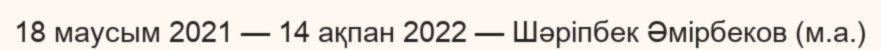
18 маусым 2021 — 14 ақпан 2022 — Шәріпбек Әмірбеков (м.а.)